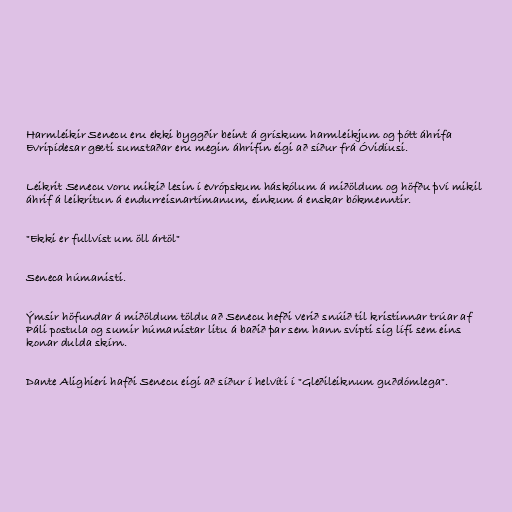
Harmleikir Senecu eru ekki byggðir beint á grískum harmleikjum og þótt áhrifa
Evripídesar gæti sumstaðar eru megin áhrifin eigi að síður frá Óvidíusi.

Leikrit Senecu voru mikið lesin í evrópskum háskólum á miðöldum og höfðu því mikil
áhrif á leikritun á endurreisnartímanum, einkum á enskar bókmenntir.

"Ekki er fullvíst um öll ártöl"

Seneca húmanisti.

Ýmsir höfundar á miðöldum töldu að Senecu hefði verið snúið til kristinnar trúar af
Páli postula og sumir húmanistar litu á baðið þar sem hann svipti sig lífi sem eins
konar dulda skírn.

Dante Alighieri hafði Senecu eigi að síður í helvíti í "Gleðileiknum guðdómlega".